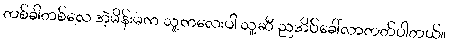
တစ်ခါတစ်လေ အဲ့မိန်းမက သူ့ကလေးပါ သူ့ဆီ ညအိပ်ခေါ်လာတတ်ပါတယ်။